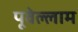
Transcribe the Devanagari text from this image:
पूवेल्लाम